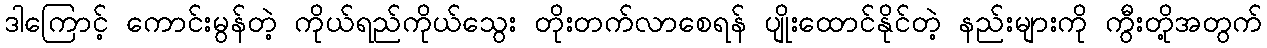
ဒါကြောင့် ကောင်းမွန်တဲ့ ကိုယ်ရည်ကိုယ်သွေး တိုးတက်လာစေရန် ပျိုးထောင်နိုင်တဲ့ နည်းများကို ကွီးတို့အတွက်